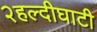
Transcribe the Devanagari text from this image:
२हल्दीघाटी